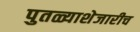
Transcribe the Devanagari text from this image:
पुतळ्याशेजारीच